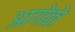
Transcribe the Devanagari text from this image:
आगोके